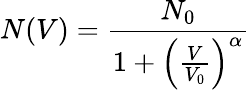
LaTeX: N(V)=\frac{N_{0}}{1+\left(\frac{V}{V_{0}}\right)^{\alpha}}